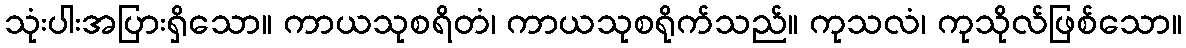
သုံးပါးအပြားရှိသော။ ကာယသုစရိတံ၊ ကာယသုစရိုက်သည်။ ကုသလံ၊ ကုသိုလ်ဖြစ်သော။